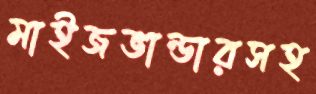
মাইজভান্ডারসহ